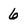
Character: 6